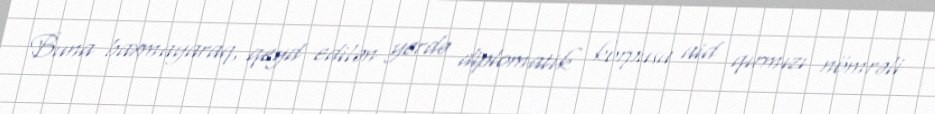
Buna baxmayaraq, qeyd edilən yerdə diplomatik korpusa aid qırmızı nömrəli